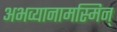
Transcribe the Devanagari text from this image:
अभव्यानामस्मिन्